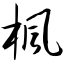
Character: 枫